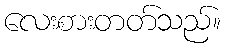
လေးစားတတ်သည်။